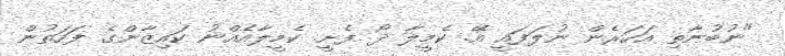
"ނުބުނާތި އަހަރެން ނުލަފައީ އޭ. ކެމީލާ ދޯ ފެށީ. ކެމީލާއެއްނު ކައިޒާންގެ ފަހަތުން